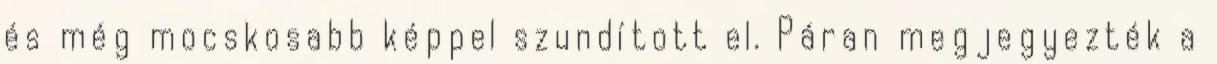
és még mocskosabb képpel szundított el. Páran megjegyezték a